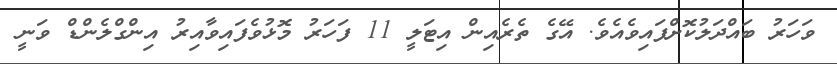
ވަހަރު ބައްދަލުކޮށްފައިވެއެވެ. އޭގެ ތެރެއިން އިޓަލީ 11 ފަހަރު މޮޅުވެފައިވާއިރު އިންގްލެންޑް ވަނީ